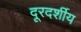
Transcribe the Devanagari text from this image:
दूरदर्शीय